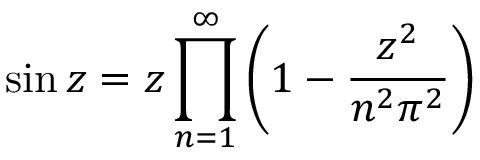
\sin z = z \prod _ { n = 1 } ^ { \infty } \left( 1 - { \frac { z ^ { 2 } } { n ^ { 2 } \pi ^ { 2 } } } \right)